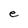
Character: e